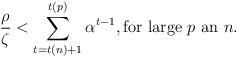
\begin{align*}\frac{\rho}{\zeta}<\sum_{t=t(n)+1}^{t(p)}{\alpha^{t-1}},\mbox{for large $p$ an $n$}.\end{align*}